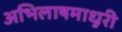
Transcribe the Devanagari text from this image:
अभिलाषमाधुरी